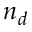
n _ { d }